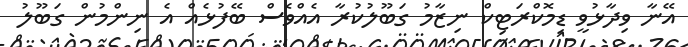
އޭނާ ވިދާޅުވީ ޑިމޮކްރަޓިކް ނިޒާމު ގަބޫލުކުރާ އެއްވެސް ބޭފުޅެއް އެ ނިންމުން ގަބޫލު